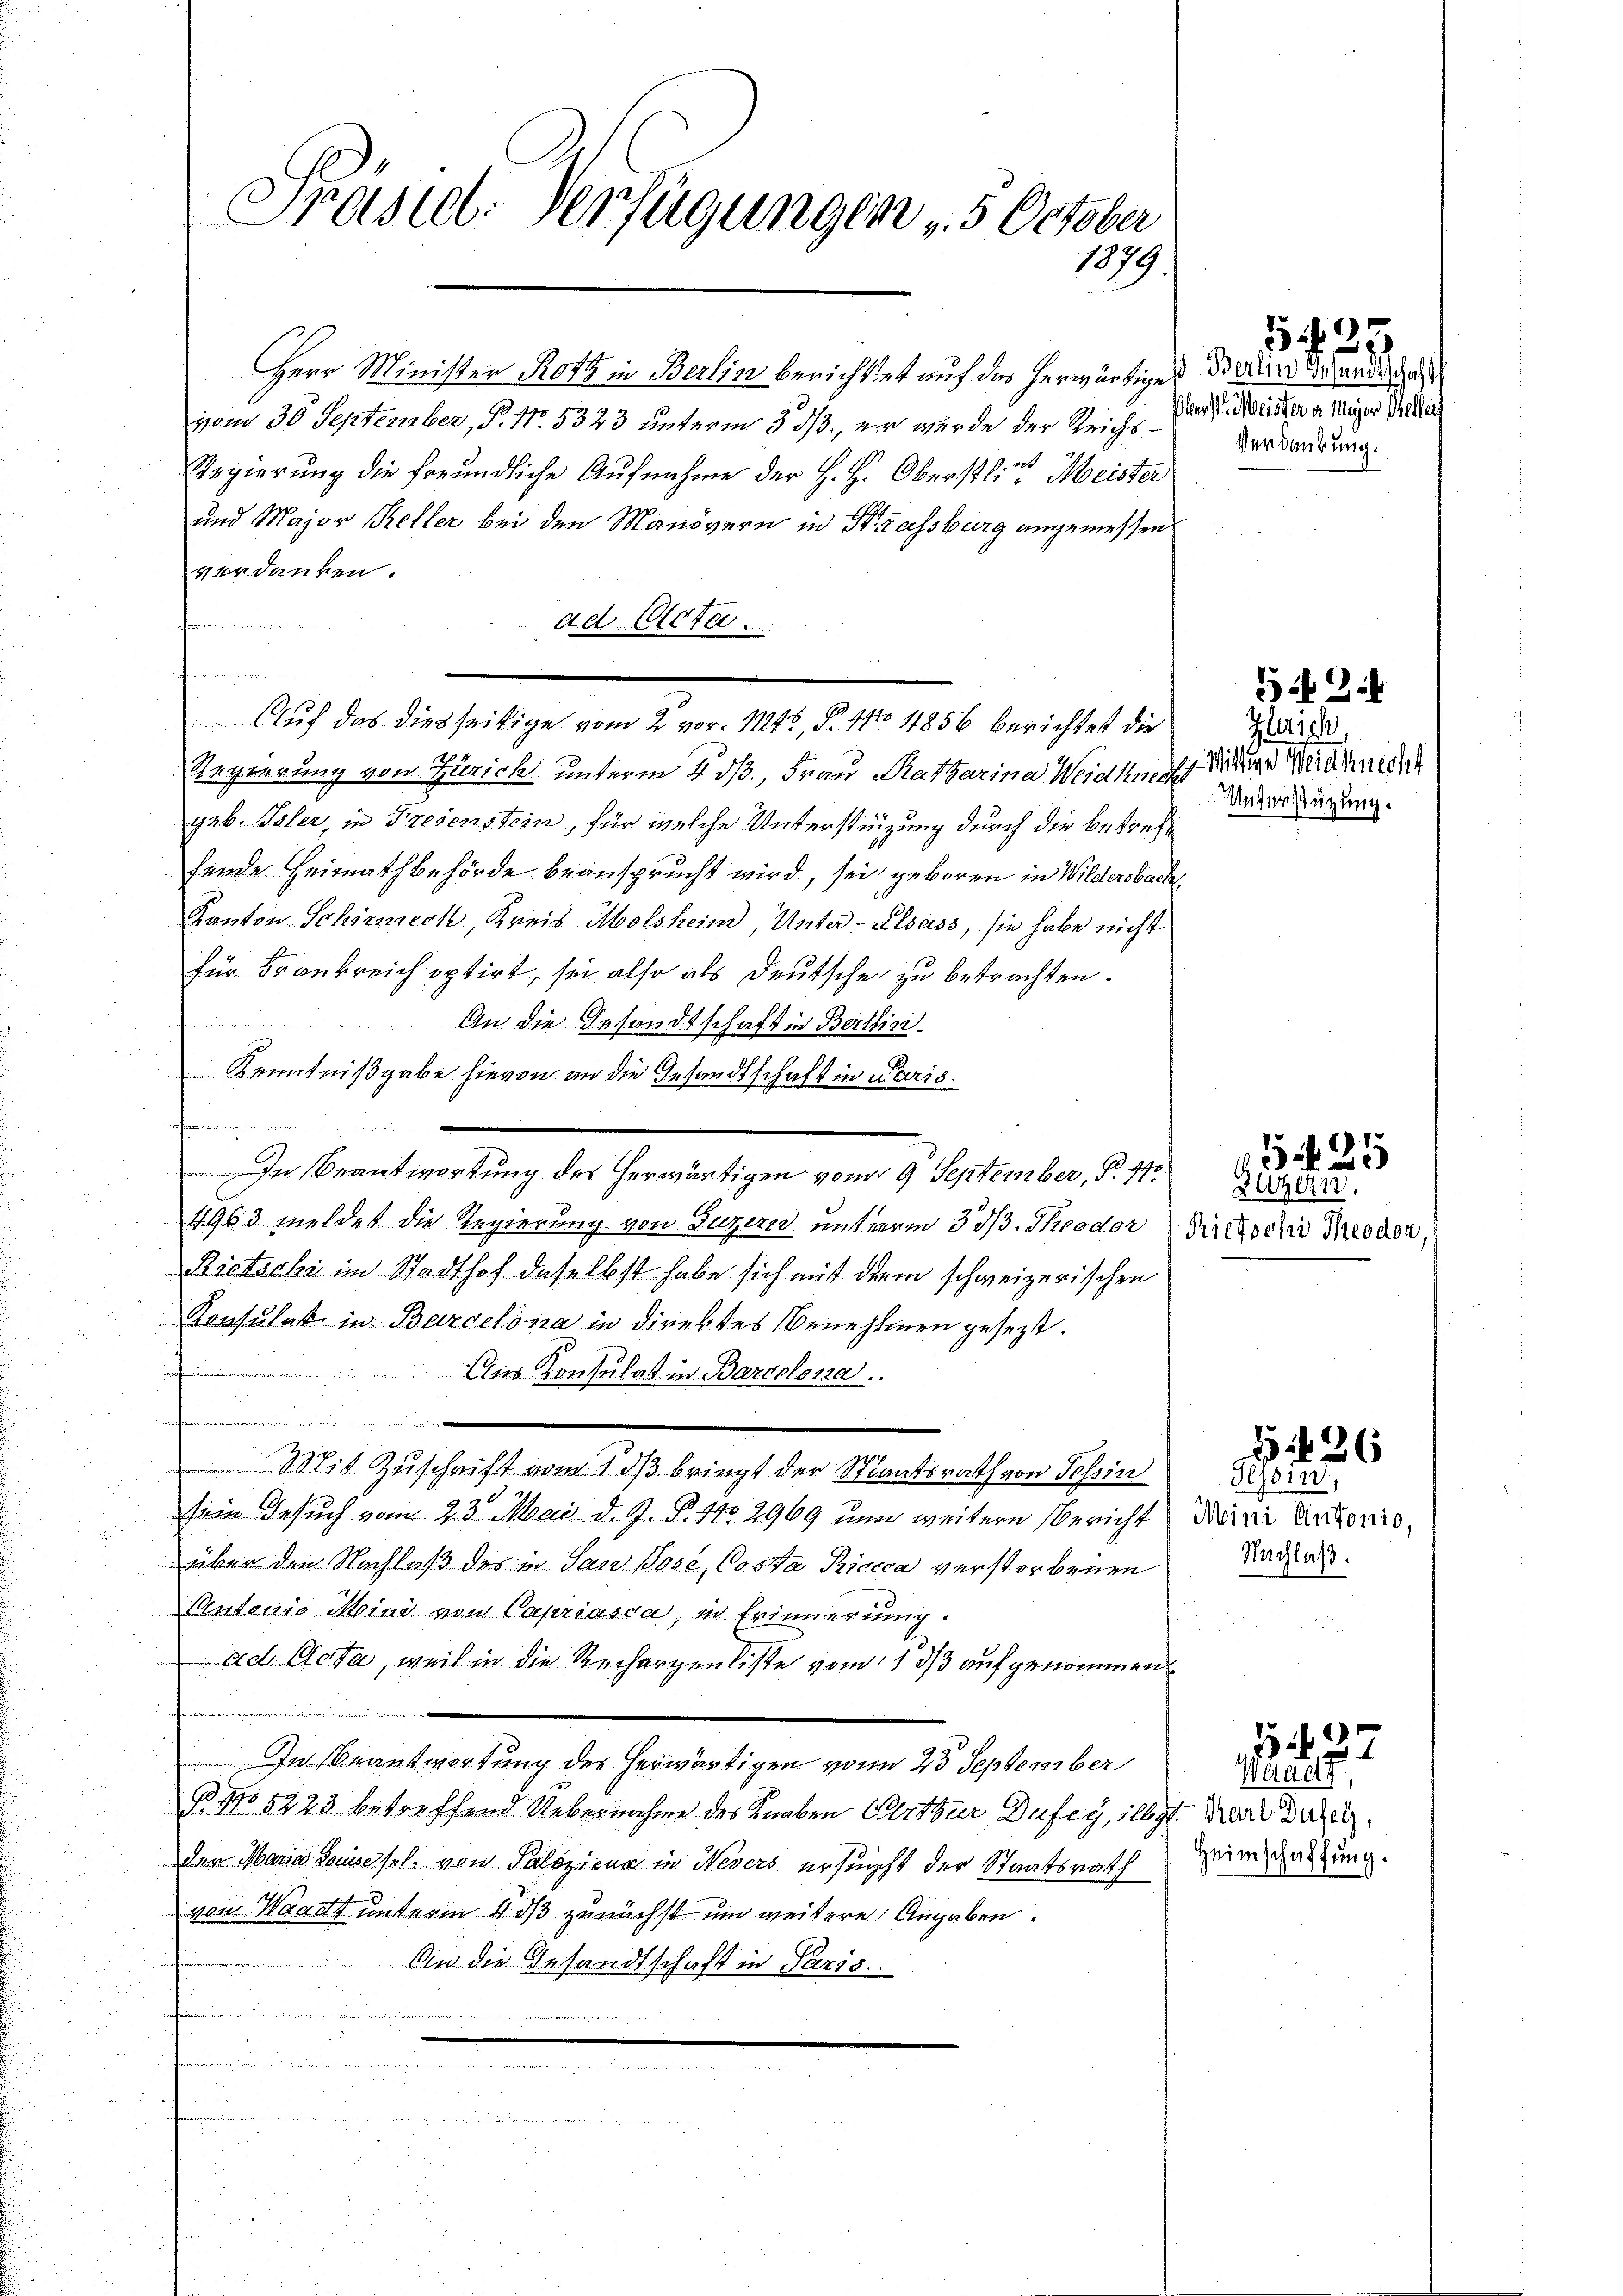
Prästet. Verfügungen 5 October
1979

Herr Minister Rost in Berlin berichtet auf das herwärtige
vom 30. September, P. Nr. 5323 unterm 3. ds., er wurde der Reiche Dir dreister a. Miner Mutter
9
Regierung die freundliche Aufnahme der H. H. Oberstlich Meister
und Major Keller bei den Manövern in Strassburg angemessen
verdanken.
.
Auf das diesseitige vom 2. vor. 1842, P. No 4856 berichtet die
Regierung von Zürich unterm 4 dß, Frau Ratharina Weidhof einer Reichnen
geb. Isler, in Freienstein, für welche Unterstüzung durch die betreffende Heimathbehörde beansprucht wird, sei geboren in Wildersbach
Kanton Schirmeck, Kreis Molsheim, Unter- Elsass, sie habe nicht
für Frankreich optirt, sei also als Deutsche zu betrachten.

An die Gesandtschaft in Berlini¬
Kenntnißgabe hievon an die Gesandtschaft in Paris.
.
In Beantwortung des herwärtigen vom 9. September, P. 970
4963 meldet die Regierung von Luzern, unterm 3 1/3. Theodor Pittsch Moder
Rietachi im Stadthof daselbst habe sich mit dem schweizerischen
Konsulat in Barcelona in direktes Benehmen gesezt.
is Konsulat in Barcelona.
e
Mit Zuschrift vom 1 dβ bringt der Staatsrath von Tessin
sein Besuch vom 23. Mai d. J. P. Nr. 2969 und weitere Bericht
über den Nachlaß des in San Pose, Costa Riccca verstorbenen
Wentenio Mini von Capriasca, in Erinnerung.
Ad Acta, weil in die Rechargenliste vom 1. ds aufgenommen
In Beantwortung des herwärtigen von 25 September
B. No 5223 betreffend Uebernahme des Knaben Perthur Dufey, illigt. War das
der Maria Saussessel von Palezicus in Nevers ersucht der Staatsrath
von Waadt unterm 8. ds zunächst um weitere Angaben.
An die Gesandtschaft in Paris.

u

ad Acta.

Berlin Gesandtschaft
Verdankung.

Gerich,
Unterstützung.

Zuzern,

524

Gessin,
Mini Antonio,
Nachlaß.

526

Waadt,
Heimschaftung.

,27

3